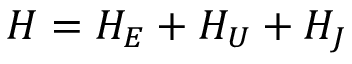
H = H _ { E } + H _ { U } + H _ { J }